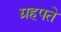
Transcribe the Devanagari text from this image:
ग्रहपते